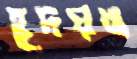
হূদয়ঙ